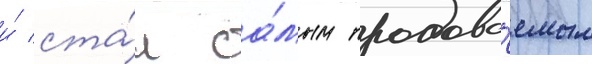
и́ ста́л са́мым продава́емым